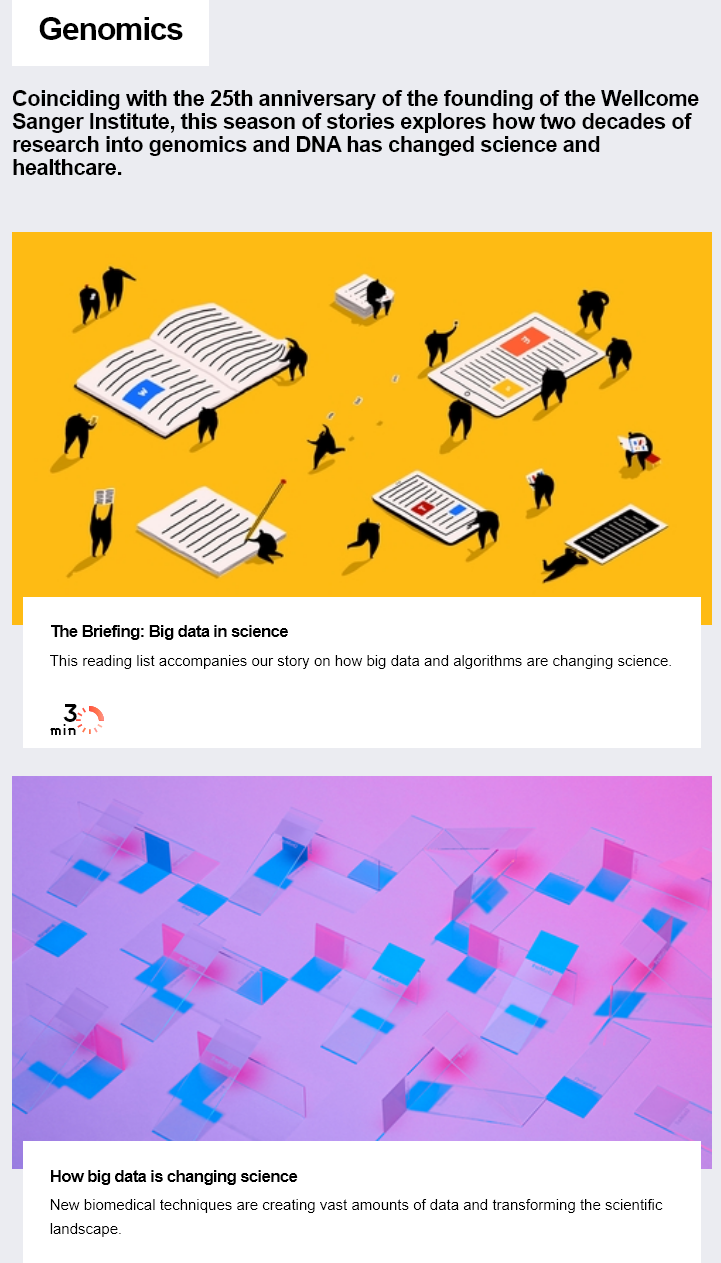
Genomics
  Coinciding    with  the  25th  anniversary    of the  founding    of  the Wellcome
  Sanger  Institute,    this season    of stories  explores    how   two   decades  of
  research    into  genomics    and   DNA has   changed    science    and
  healthcare.
     This reading list accompanies our story on how big data and algorithms are changing science.
     The Briefing: Big data in science
     How big data is changing science
     New biomedical techniques are creating vast amounts of data and transforming the scientific
     landscape